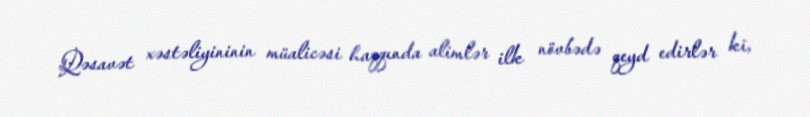
Qəsavət xəstəliyininin müalicəsi haqqında alimlər ilk növbədə qeyd edirlər ki,